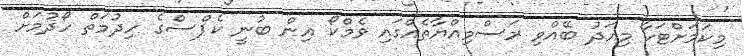
މިކަމަށްޓަކާ މިއަދު ބޭއްވި ރަސްމިއްޔާތެއްގައި ވެމްކޯ އިން ބުނީ ކެޕްސްގެ ހިދުމަތް ހޯދުމަށް